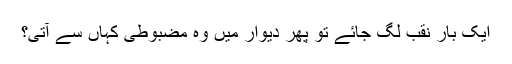
ایک بار نقب لگ جائے تو پھر دیوار میں وہ مضبوطی کہاں سے آتی؟